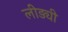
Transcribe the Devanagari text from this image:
लीड्यी